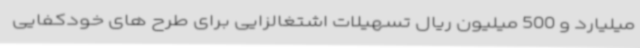
میلیارد و 500 میلیون ریال تسهیلات اشتغالزایی برای طرح های خودکفایی